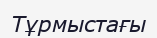
Тұрмыстағы